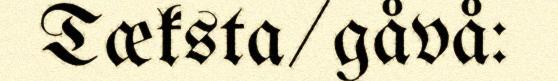
Tæksta/gåvå: